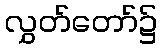
လွှတ်တော်၌